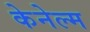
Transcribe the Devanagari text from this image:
केनेल्म